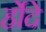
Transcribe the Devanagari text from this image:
र्होदे